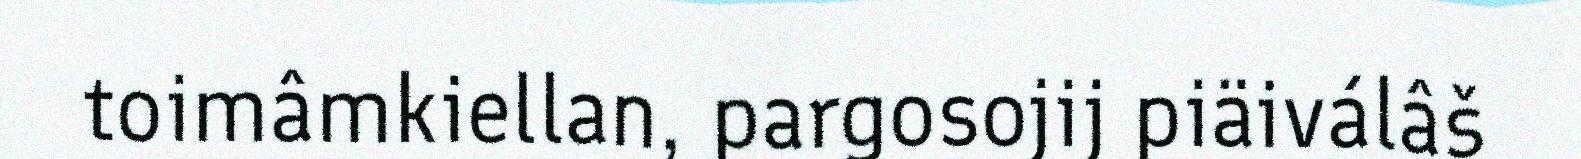
toimâmkiellan, pargosojij piäiválâš